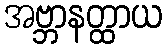
အဗ္ဘာနတ္ထာယ